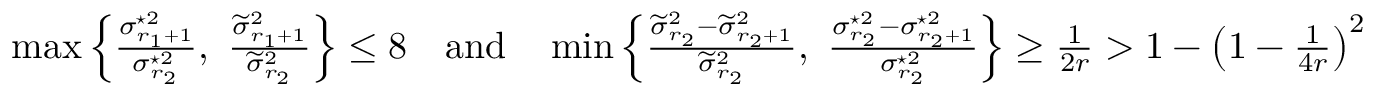
\begin{array} { r } { \operatorname* { m a x } \left\{ \frac { \sigma _ { r _ { 1 } + 1 } ^ { \star 2 } } { \sigma _ { r _ { 2 } } ^ { \star 2 } } , \ \frac { \widetilde { \sigma } _ { r _ { 1 } + 1 } ^ { 2 } } { \widetilde { \sigma } _ { r _ { 2 } } ^ { 2 } } \right\} \leq 8 \quad \mathrm { a n d } \quad \operatorname* { m i n } \left\{ \frac { \widetilde { \sigma } _ { r _ { 2 } } ^ { 2 } - \widetilde { \sigma } _ { r _ { 2 } + 1 } ^ { 2 } } { \widetilde { \sigma } _ { r _ { 2 } } ^ { 2 } } , \ \frac { \sigma _ { r _ { 2 } } ^ { \star 2 } - \sigma _ { r _ { 2 } + 1 } ^ { \star 2 } } { \sigma _ { r _ { 2 } } ^ { \star 2 } } \right\} \geq \frac { 1 } { 2 r } > 1 - \left( 1 - \frac { 1 } { 4 r } \right) ^ { 2 } } \end{array}